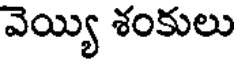
వెయ్యి శంకులు